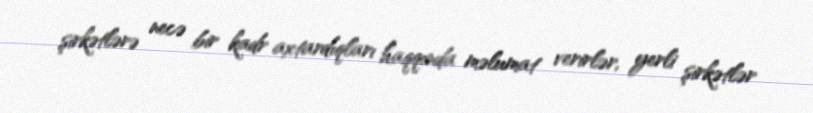
şirkətlərə necə bir kadr axtardıqları haqqında məlumat verirlər, yerli şirkətlər